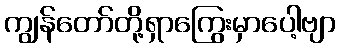
ကျွန်တော်တို့ရှာကြွေးမှာပေါ့ဗျာ